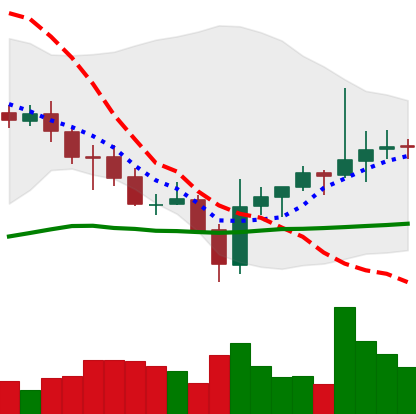
Ticker: ADA-USD
Chart end date: 2021-07-29
Forward return: 6.304%
Label: up_5_7